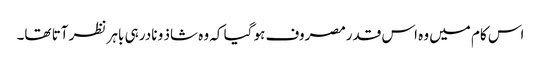
اس کام میں وہ اس قدرمصروف ہو گیا کہ وہ شاذ و نادر ہی باہر نظر آتا تھا۔